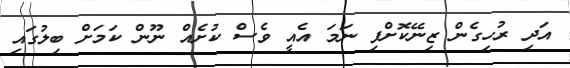
އަދި ރުހިގެން ޒިނޭކޮށްފި ނަމަ އެއީ ވެސް ކުށެއް ނޫން ކަމަށް ބިލުގައި